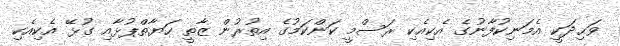
ވަޙިދަކީ އެމަނިކުފާނުގެ އެކިއެކި ރަސްމީ ކަންކަމުގެ އިތުރުން ޒާތީ ހަޔާތްޕުޅާއި ގުޅޭ އެކިއެކި